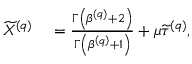
\begin{array} { r l } { \widetilde { X } ^ { \left( q \right) } } & { { } = \frac { \Gamma \left( \beta ^ { \left( q \right) } + 2 \right) } { \Gamma \left( \beta ^ { \left( q \right) } + 1 \right) } + \mu \widetilde { \tau } ^ { \left( q \right) } , } \end{array}